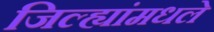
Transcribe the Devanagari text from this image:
जिल्ह्यांमधले